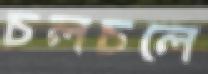
চলচলে